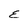
Character: E